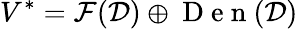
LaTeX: V^{*}=\mathcal{F}(\mathcal{D})\oplus\mathrm{~D~e~n~}(\mathcal{D})